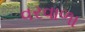
વરવાળા